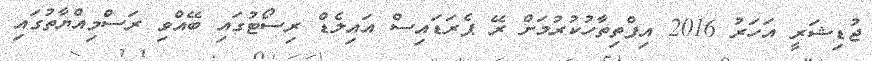
ޖުޑިޝަރީ އަހަރު 2016 އިފްތިތާހުކުރުމަށް ރޭ ޕެރަޑައިސް އައިލެޑް ރިސޯޓުގައި ބޭއްވި ރަސްމިއްޔާތުގައި